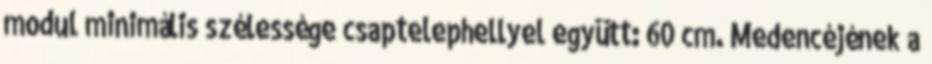
modul minimális szélessége csaptelephellyel együtt: 60 cm. Medencéjének a